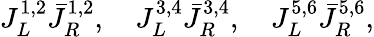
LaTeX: J_{L}^{1,2}{\bar{J}}_{R}^{1,2},\quad J_{L}^{3,4}{\bar{J}}_{R}^{3,4},\quad J_{L}^{5,6}{\bar{J}}_{R}^{5,6},